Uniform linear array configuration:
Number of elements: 48
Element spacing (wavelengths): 0.25
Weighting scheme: cosine
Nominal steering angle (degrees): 30
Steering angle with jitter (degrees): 28.902
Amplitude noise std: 0.05
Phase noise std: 0.05

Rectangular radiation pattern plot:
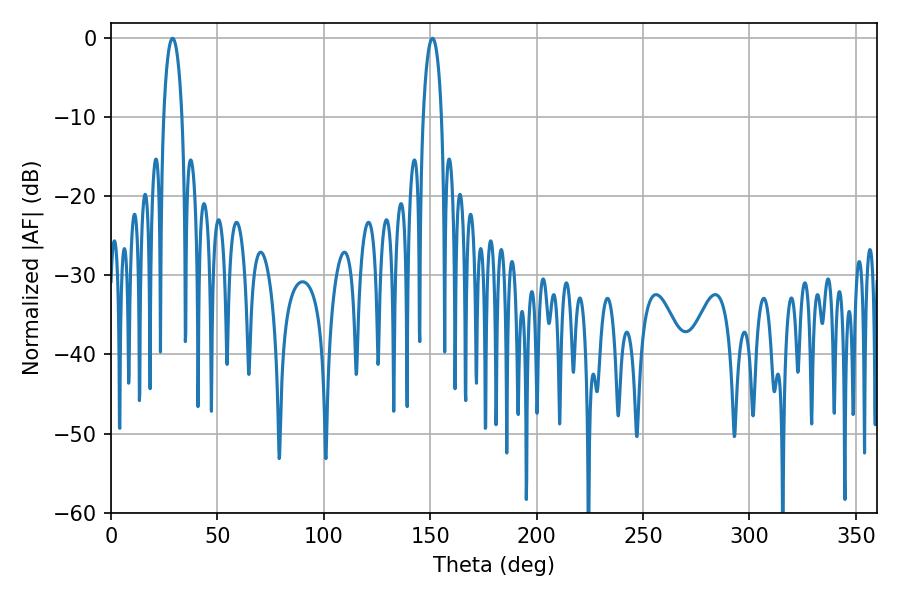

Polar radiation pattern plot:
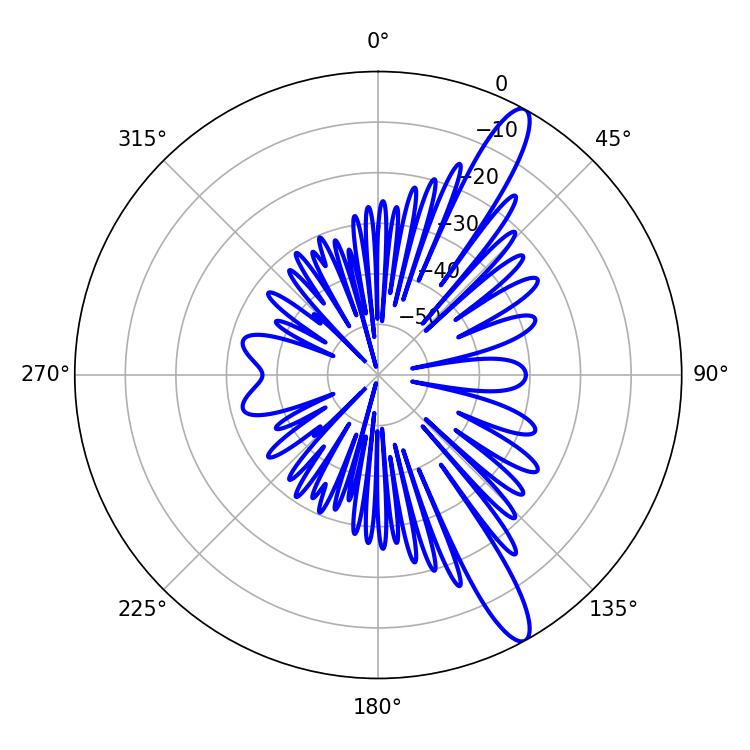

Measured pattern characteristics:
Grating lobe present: FALSE
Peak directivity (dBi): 13.33
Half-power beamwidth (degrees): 5.04
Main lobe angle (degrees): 28.98